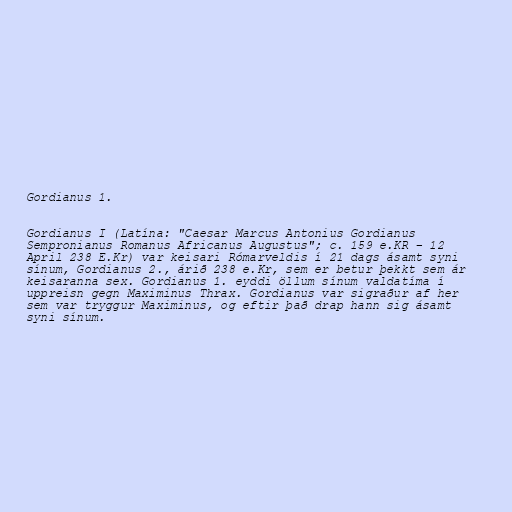
Gordianus 1.

Gordianus I (Latína: "Caesar Marcus Antonius Gordianus
Sempronianus Romanus Africanus Augustus"; c. 159 e.KR – 12
April 238 E.Kr) var keisari Rómarveldis í 21 dags ásamt syni
sínum, Gordianus 2., árið 238 e.Kr, sem er betur þekkt sem ár
keisaranna sex. Gordianus 1. eyddi öllum sínum valdatíma í
uppreisn gegn Maximinus Thrax. Gordianus var sigraður af her
sem var tryggur Maximinus, og eftir það drap hann sig ásamt
syni sínum.